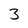
Character: 3